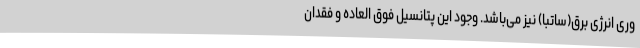
وری انرژی برق(ساتبا) نیز می‌باشد. وجود این پتانسیل فوق العاده و فقدان